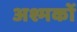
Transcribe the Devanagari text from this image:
अश्मकों